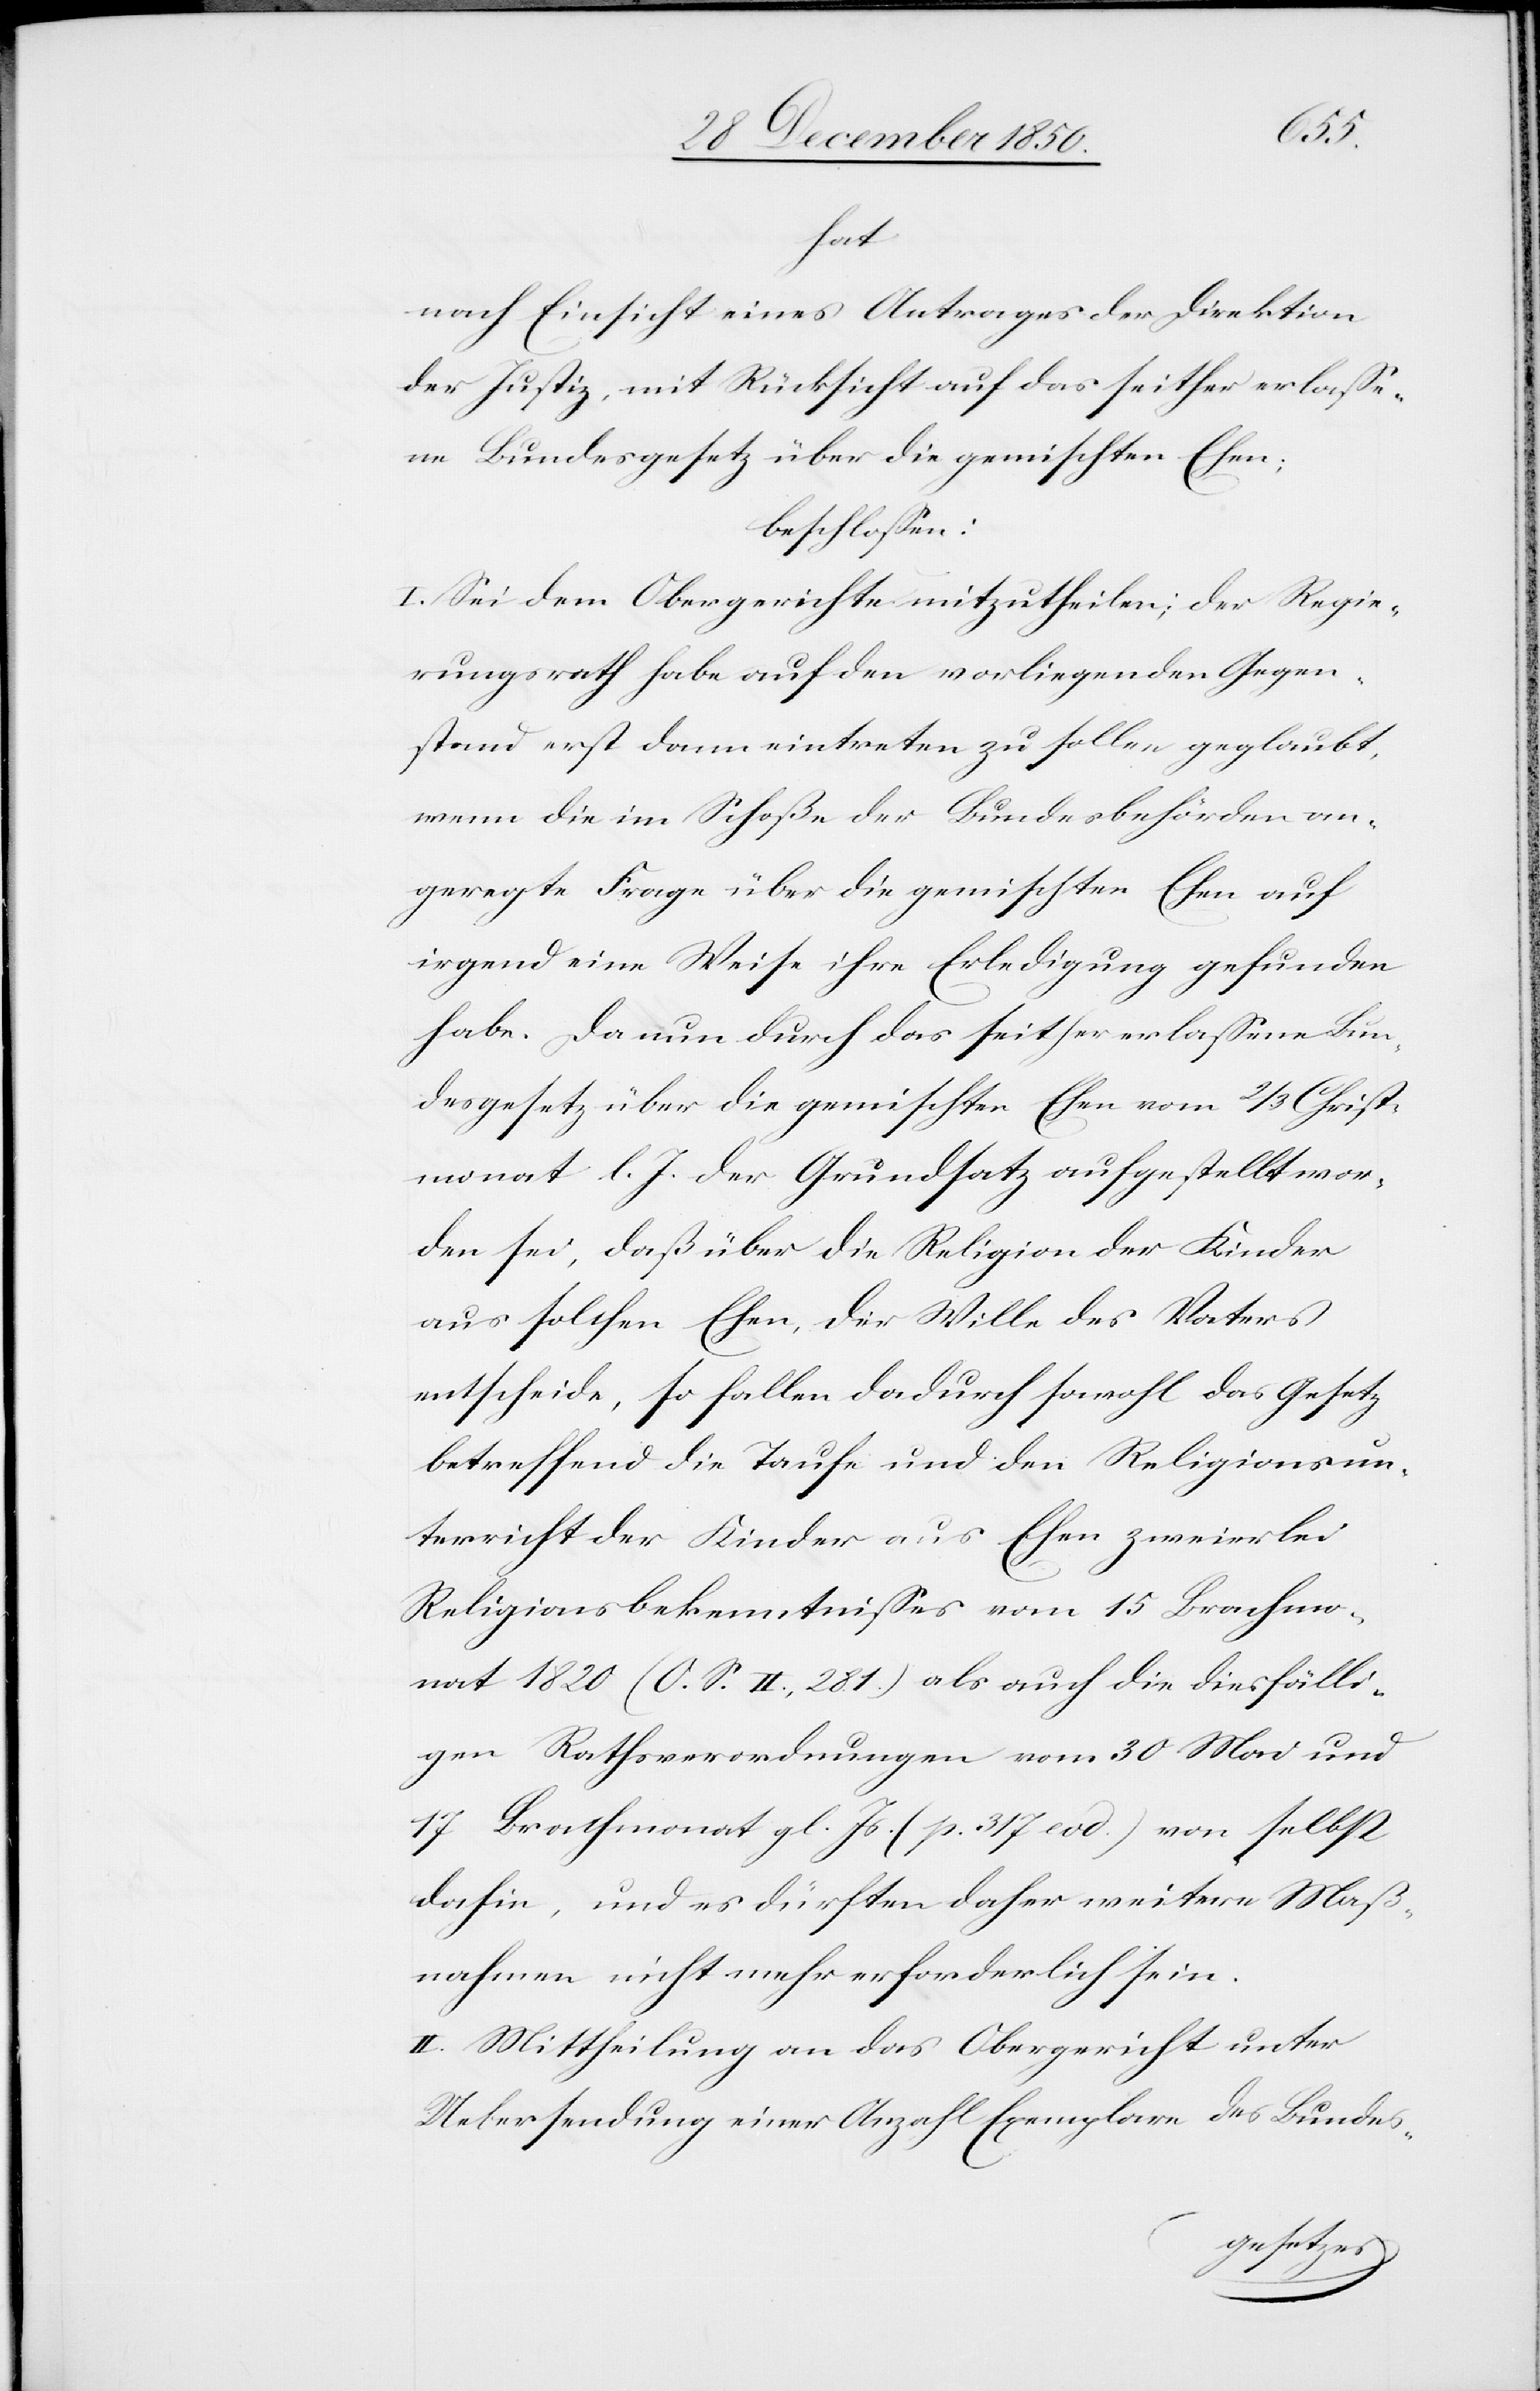
hat
nach Einsicht eines Antrages der Direktion
der Justiz, mit Rücksicht auf das seither erlasse¬
ne Bundesgesetz über die gemischten Ehen;
beschlossen:
I. Sei dem Obergerichte mitzutheilen; der Regie¬
rungsrath habe auf den vorliegenden Gegen¬
stand erst dann eintreten zu sollen geglaubt,
wenn die im Schoße der Bundesbehörden an¬
geregte Frage über die gemischten Ehen auf
irgend eine Weise ihre Erledigung gefunden
habe. Da nun durch das seither erlassene Bun¬
desgesetz über die gemischten Ehen vom 2/3 Christ¬
monat l. J. der Grundsatz aufgestellt wor¬
den sei, daß über die Religion der Kinder
aus solchen Ehen, der Wille des Vaters
entscheide, so fallen dadurch sowohl das Gesetz
betreffend die Taufe und den Religionsun¬
terricht der Kinder aus Ehen zweierlei
Religionsbekenntnisses vom 15 Brachmo¬
nat 1820 (O. S. II, 281) als auch die diesfälli¬
gen Rathsverordnungen vom 30 Mai und
17 Brachmonat gl. Js. (p. 317 eod.) von selbst
dahin, und es dürften daher weitere Maß¬
nahmen nicht mehr erforderlich sein.
II. Mittheilung an das Obergericht unter
Uebersendung einer Anzahl Exemplare des Bundes-